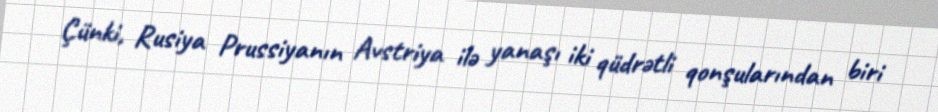
Çünki, Rusiya Prussiyanın Avstriya ilə yanaşı iki qüdrətli qonşularından biri